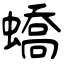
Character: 蟜